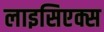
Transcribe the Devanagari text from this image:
लाइसिएक्स